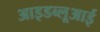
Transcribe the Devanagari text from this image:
आइडब्लूआई